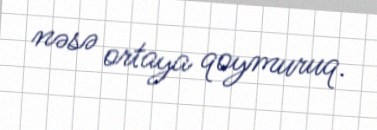
nəsə ortaya qoymuruq.